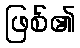
ဖြစ်၏